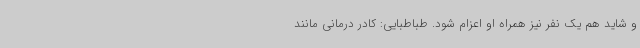
و شاید هم یک نفر نیز همراه او اعزام شود. طباطبایی: کادر درمانی مانند